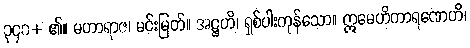
၃၄၀+ ၏။ မဟာရာဇ၊ မင်းမြတ်။ အဋ္ဌဟိ၊ ရှစ်ပါးကုန်သော။ ဣမေဟိကာရဏေဟိ၊